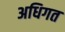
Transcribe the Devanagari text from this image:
अधिगत